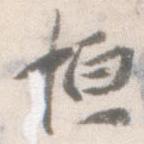
恒